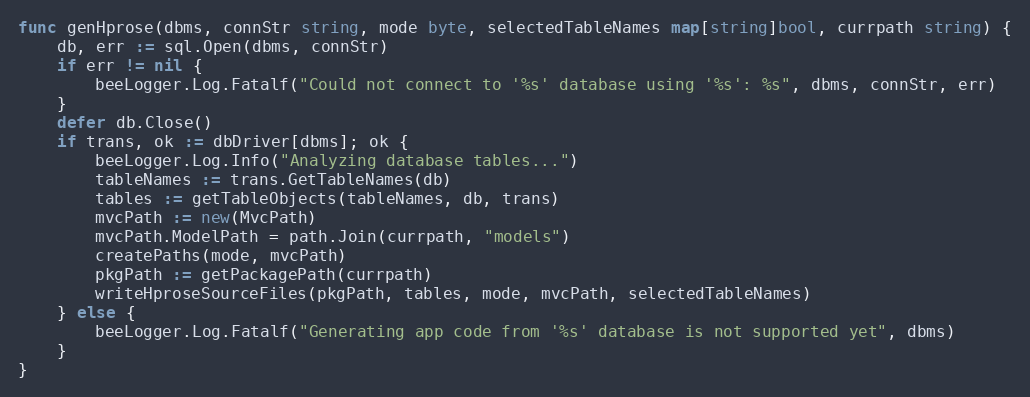
Language: Go
func genHprose(dbms, connStr string, mode byte, selectedTableNames map[string]bool, currpath string) {
	db, err := sql.Open(dbms, connStr)
	if err != nil {
		beeLogger.Log.Fatalf("Could not connect to '%s' database using '%s': %s", dbms, connStr, err)
	}
	defer db.Close()
	if trans, ok := dbDriver[dbms]; ok {
		beeLogger.Log.Info("Analyzing database tables...")
		tableNames := trans.GetTableNames(db)
		tables := getTableObjects(tableNames, db, trans)
		mvcPath := new(MvcPath)
		mvcPath.ModelPath = path.Join(currpath, "models")
		createPaths(mode, mvcPath)
		pkgPath := getPackagePath(currpath)
		writeHproseSourceFiles(pkgPath, tables, mode, mvcPath, selectedTableNames)
	} else {
		beeLogger.Log.Fatalf("Generating app code from '%s' database is not supported yet", dbms)
	}
}